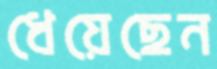
ধেয়েছেন